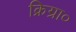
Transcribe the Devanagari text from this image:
क्रिग्रा०